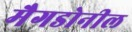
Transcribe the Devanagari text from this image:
मैगडोनील